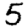
Digit: 5